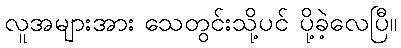
လူအများအား သေတွင်းသို့ပင် ပို့ခဲ့လေပြီ။